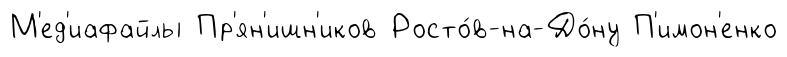
М'ед'иафайлы Пр'ян'ишн'иков Росто́в-на-До́ну П'имон'енко